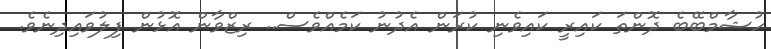
ހުޝާމްބޭބެ ދޮންތަ ކައިރީ ކައިވެނި ކުރަން އެދުނު ކަމެއްވެސް.. ރިޒްވާން އޮޅުން ފިލުވައިދިނެވެ.